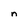
Character: n